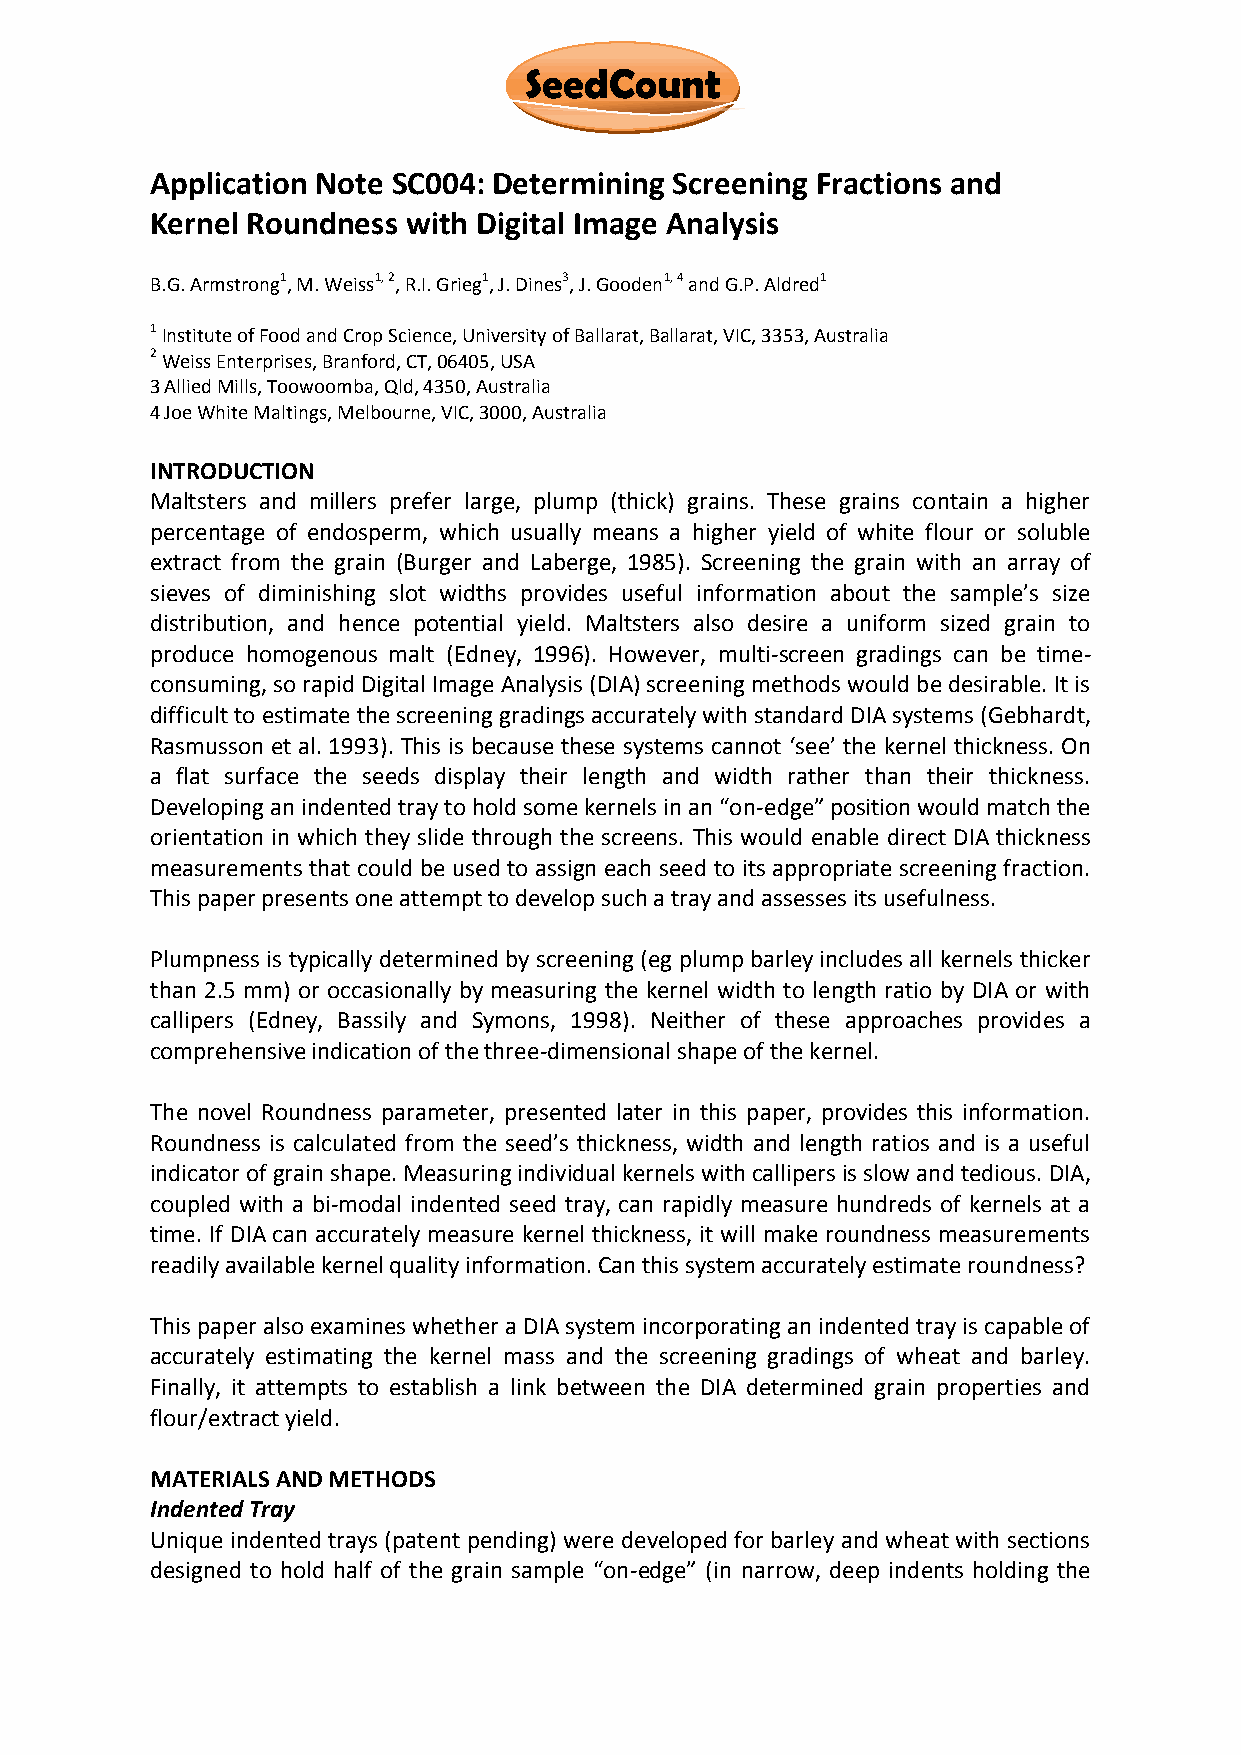
SeedCount
 Application Note SC004: Determining Screening Fractions and
 Kernel Roundness with Digital Image Analysis
 B.G. Armstrong1, M. Weiss1, 2, R.I. Grieg1, J. Dines3, J. Gooden1, 4 and G.P. Aldred1
 1 Institute of Food and Crop Science, University of Ballarat, Ballarat, VIC, 3353, Australia
 2 Weiss Enterprises, Branford, CT, 06405, USA
 3 Allied Mills, Toowoomba, Qld, 4350, Australia
 4 Joe White Maltings, Melbourne, VIC, 3000, Australia
 INTRODUCTION
 Maltsters and millers prefer large, plump (thick) grains. These grains contain a higher
 percentage of endosperm, which usually means a higher yield of white flour or soluble
 extract from the grain (Burger and Laberge, 1985). Screening the grain with an array of
 sieves of diminishing slot widths provides useful information about the sample’s size
 distribution, and hence potential yield. Maltsters also desire a uniform sized grain to
 produce homogenous malt (Edney, 1996). However, multi-screen gradings can be time-
 consuming, so rapid Digital Image Analysis (DIA) screening methods would be desirable. It is
 difficult to estimate the screening gradings accurately with standard DIA systems (Gebhardt,
 Rasmusson et al. 1993). This is because these systems cannot ‘see’ the kernel thickness. On
 a flat surface the seeds display their length and width rather than their thickness.
 Developing an indented tray to hold some kernels in an “on-edge” position would match the
 orientation in which they slide through the screens. This would enable direct DIA thickness
 measurements that could be used to assign each seed to its appropriate screening fraction.
 This paper presents one attempt to develop such a tray and assesses its usefulness.
 Plumpness is typically determined by screening (eg plump barley includes all kernels thicker
 than 2.5 mm) or occasionally by measuring the kernel width to length ratio by DIA or with
 callipers (Edney, Bassily and Symons, 1998). Neither of these approaches provides a
 comprehensive indication of the three-dimensional shape of the kernel.
 The novel Roundness parameter, presented later in this paper, provides this information.
 Roundness is calculated from the seed’s thickness, width and length ratios and is a useful
 indicator of grain shape. Measuring individual kernels with callipers is slow and tedious. DIA,
 coupled with a bi-modal indented seed tray, can rapidly measure hundreds of kernels at a
 time. If DIA can accurately measure kernel thickness, it will make roundness measurements
 readily available kernel quality information. Can this system accurately estimate roundness?
 This paper also examines whether a DIA system incorporating an indented tray is capable of
 accurately estimating the kernel mass and the screening gradings of wheat and barley.
 Finally, it attempts to establish a link between the DIA determined grain properties and
 flour/extract yield.
 MATERIALS AND METHODS
 Indented Tray
 Unique indented trays (patent pending) were developed for barley and wheat with sections
 designed to hold half of the grain sample “on-edge” (in narrow, deep indents holding the